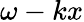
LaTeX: \omega-kx